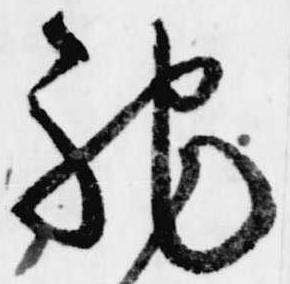
馳